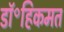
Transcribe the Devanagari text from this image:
डॉ॰हिकमत